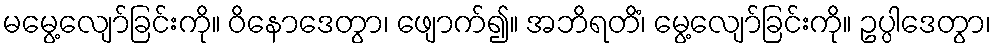
မမွေ့လျော်ခြင်းကို။ ဝိနောဒေတွာ၊ ဖျောက်၍။ အဘိရတိံ၊ မွေ့လျော်ခြင်းကို။ ဥပ္ပါဒေတွာ၊